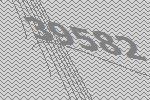
39582